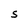
Character: S